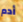
أدم